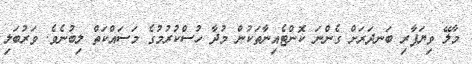
މާލޭ ވިޔަފާރި ބަނދަރަށް ގެންނަ ކޮންޓެއިނާތަކުން މުދާ ހުސްކުރުމުގެ މަސައްކަތް ލިބުނެވެ. ވަރުބަލި